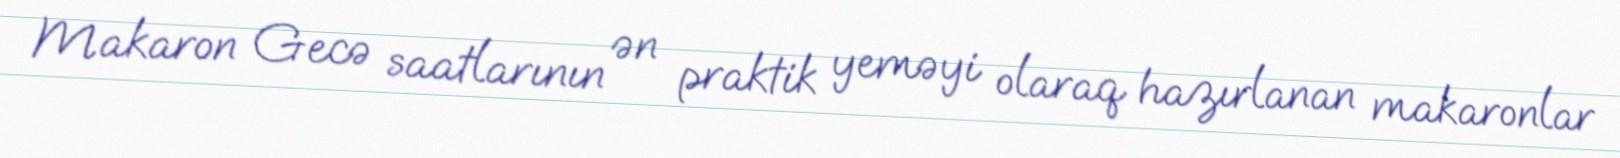
Makaron Gecə saatlarının ən praktik yeməyi olaraq hazırlanan makaronlar